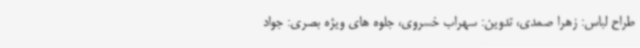
طراح لباس: زهرا صمدی، تدوین: سهراب خسروی، جلوه های ویژه بصری: جواد